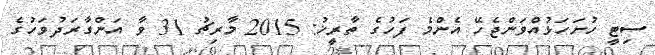
ސިޓީ ހުށަހަޅުއްވަންޖެހޭ އެންމެ ފަހުގެ ތާރީޚު: 2015 މާރިޗު 31 ވާ އަންގާރަދުވަހުގެ